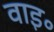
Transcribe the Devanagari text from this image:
वाइ॰